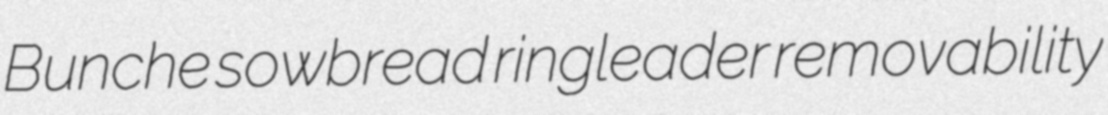
Bunche sowbread ringleader removability